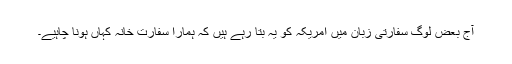
آج بعض لوگ سفارتی زبان میں امریکہ کو یہ بتا رہے ہیں کہ ہمارا سفارت خانہ کہاں ہونا چاہیے۔